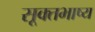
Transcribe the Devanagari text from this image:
सूक्तभाष्य